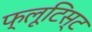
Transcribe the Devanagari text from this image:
फ्लूटिस्ट